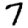
Digit: 7